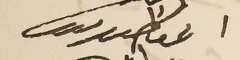
اغناطيوس